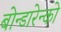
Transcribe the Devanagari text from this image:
बोन्डारेन्को